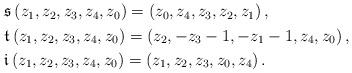
LaTeX: \begin{align*}\begin{aligned}&\mathfrak{s}\,(z_1,z_2,z_3,z_4,z_0) = (z_0,z_4,z_3,z_2,z_1) \,,\\& \mathfrak{t}\,(z_1,z_2,z_3,z_4,z_0) = (z_2,-z_3-1,-z_1-1,z_4,z_0) \,,\\& \mathfrak{i}\,(z_1,z_2,z_3,z_4,z_0) = (z_1,z_2,z_3,z_0,z_4)\,.\end{aligned}\end{align*}